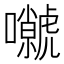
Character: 𡄼